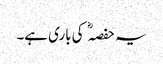
یہ حفصہ کی باری ہے۔